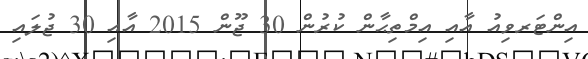
އިންޓަރވިއު އާއި އިމްތިޙާން ކުރުން 30 ޖޫން 2015 އާއި 30 ޖުލައި